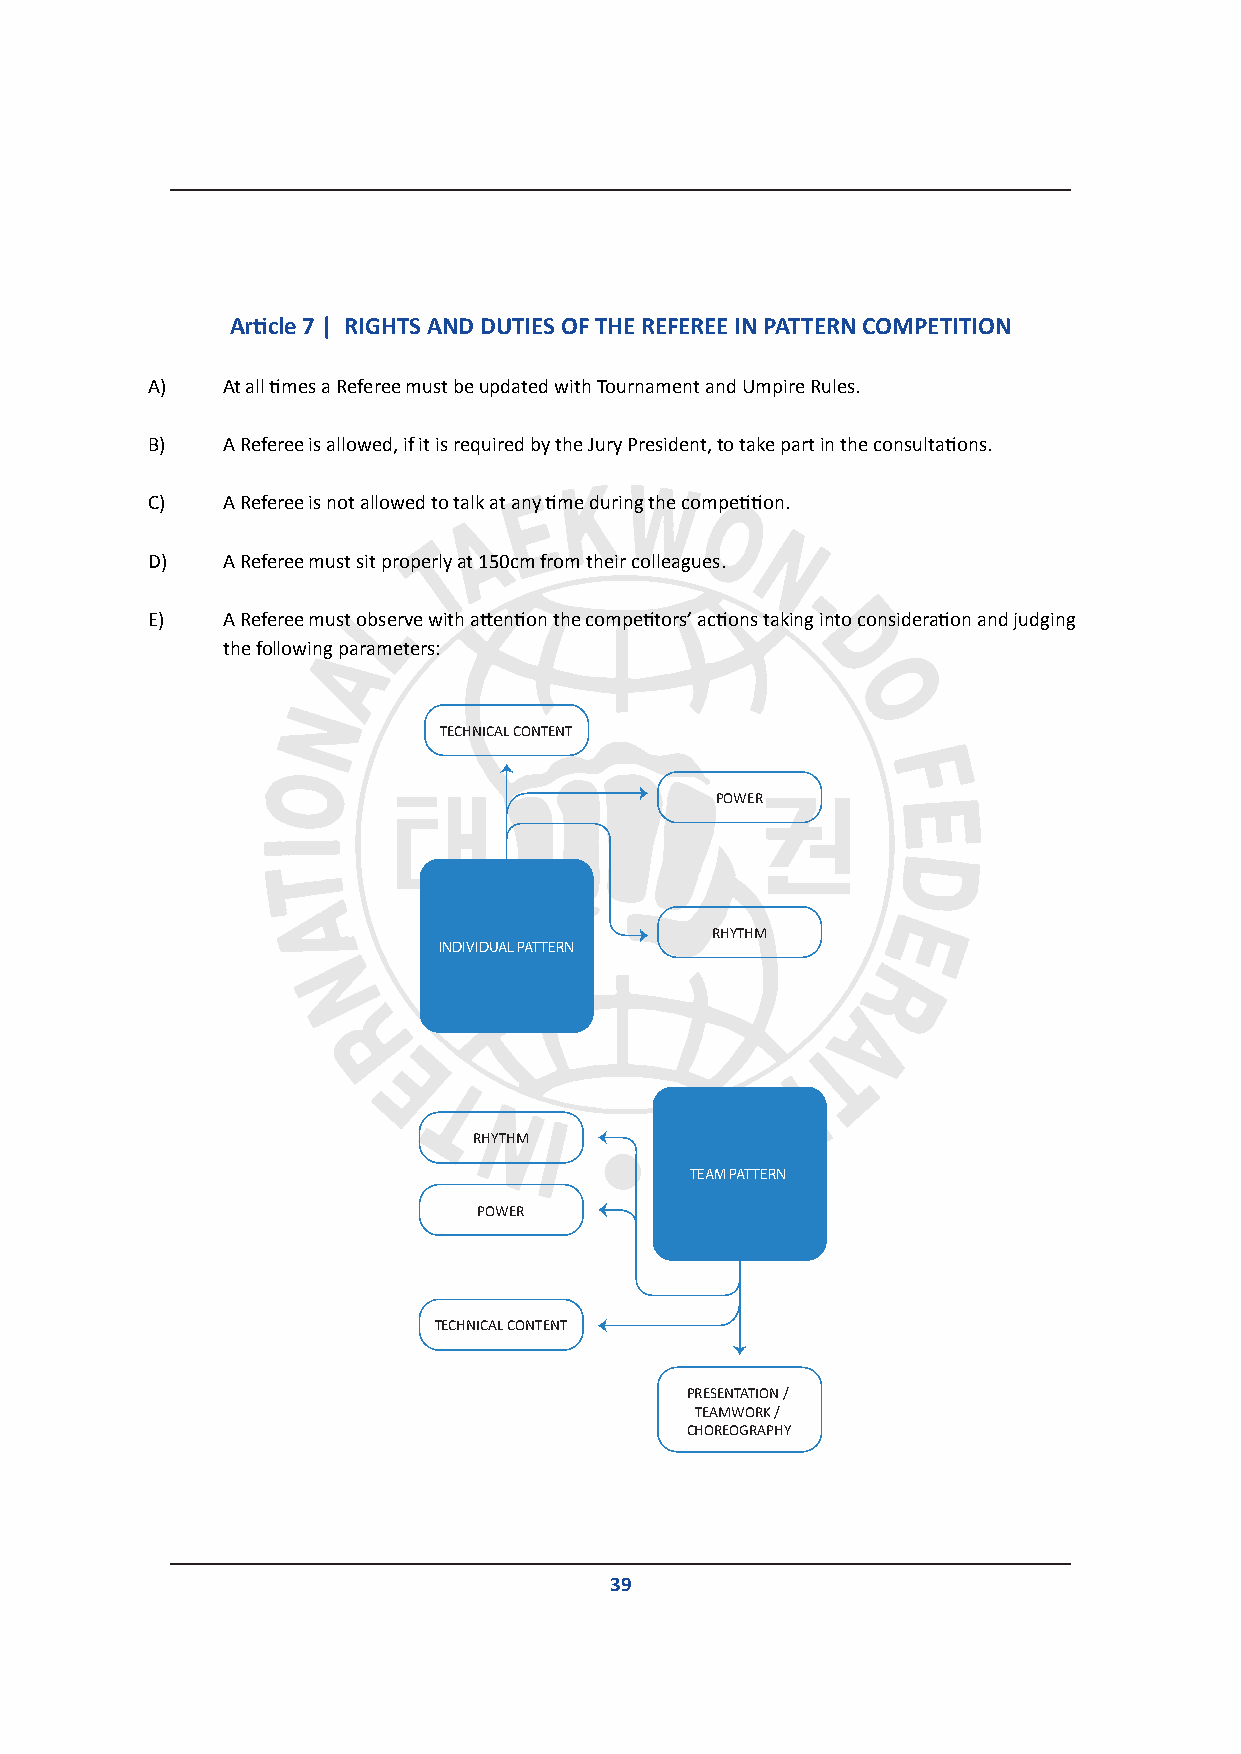
Article 7 | RIGHTS AND DUTIES OF THE REFEREE IN PATTERN COMPETITION
 A)   At all times a Referee must be updated with Tournament and Umpire Rules.
 B)   A Referee is allowed, if it is required by the Jury President, to take part in the consultations.
 C)   A Referee is not allowed to talk at any time during the competition.
 D)   A Referee must sit properly at 150cm from their colleagues.
 E)   A Referee must observe with attention the competitors’ actions taking into consideration and judging
 the following parameters:
 TECHNICAL CONTENT
 POWER
 RHYTHM
 INDIVIDUAL PATTERN
 RHYTHM
 TEAM PATTERN
 POWER
 TECHNICAL CONTENT
 PRESENTATION /
 TEAMWORK /
 CHOREOGRAPHY
 39